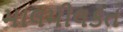
માલમીલકત